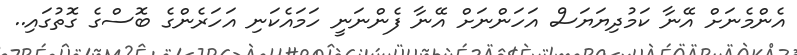
އެންމެނަށް އޭނާ ކަމުދިޔަޔަސް އަހަންނަށް އޭނާ ފެންނަނީ ހަމައެކަނި އަހަރެންގެ ބޮސްގެ ގޮތުގައި..